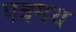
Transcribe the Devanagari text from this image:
पत्रमय